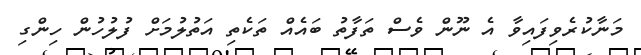
މަނާކުރެވިފައިވާ އެ ނޫން ވެސް ތަފާތު ބައެއް ތަކެތި އަތުލުމަށް ފުލުހުން ހިންގި